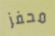
محفز